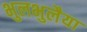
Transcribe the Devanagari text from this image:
भुलभुलैया